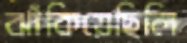
ঝাঁকিয়েছিলি